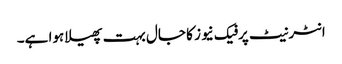
انٹرنیٹ پر فیک نیوز کا جال بہت پھیلا ہوا ہے۔